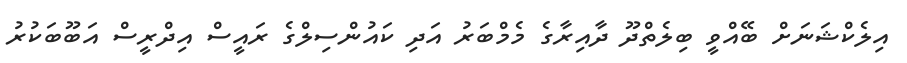
އިލެކްޝަނަށް ބޭއްވީ ބިލެތްދޫ ދާއިރާގެ މެމްބަރު އަދި ކައުންސިލްގެ ރައީސް އިދްރީސް އަބޫބަކުރު